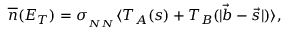
{ \overline { { n } } } ( E _ { T } ) = \sigma _ { { } _ { N N } } \langle T _ { A } ( s ) + T _ { B } ( | \vec { b } - \vec { s } | ) \rangle ,